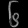
Digit: ၆